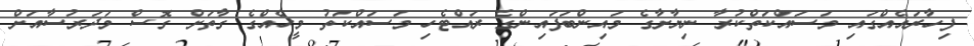
ފިހާރައެއްގައި މަސައްކަތްކުރާ ނިޔާށާގެ މައިންބަފައިންގެ ރައްޓެހި މަސައްކަތު މީހެއްގެ ގާތަށް ގޮސް މަދަރުސާއަށް